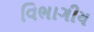
વિભાગીય